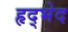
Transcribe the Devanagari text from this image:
हृद्भेद